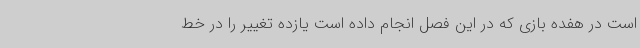
است در هفده بازی که در این فصل انجام داده است یازده تغییر را در خط